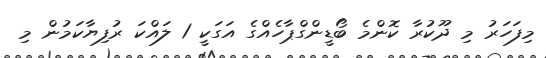
މިފަހަރު މި ދޫކުރާ ކޮންމެ ބޯޑީންގްޕާހެއްގެ އަގަކީ 1 ލައްކަ ރުފިޔާކަމުން މި